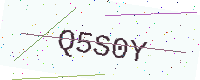
Text: Q5S0Y